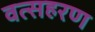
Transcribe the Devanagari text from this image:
वत्सहरण